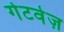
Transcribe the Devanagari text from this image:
गेटवेज़